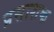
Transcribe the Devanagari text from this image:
प्रसाशक